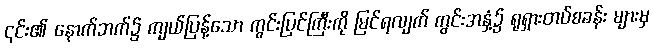
၎င်း၏ နောက်ဘက်၌ ကျယ်ပြန့်သော ကွင်းပြင်ကြီးကို မြင်ရလျက် ကွင်းအနှံ့၌ ရုရှားတပ်စခန်း များမှ